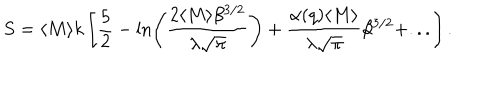
S = \langle M \rangle k \left[ \frac { 5 } { 2 } - \ln \left( \frac { 2 \langle M \rangle \beta ^ { 3 / 2 } } { \lambda \sqrt { \pi } } \right) + \frac { \alpha ( q ) \langle M \rangle } { \lambda \sqrt { \pi } } \beta ^ { 3 / 2 } + . . . \right] .